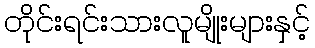
တိုင်းရင်းသားလူမျိုးများနှင့်